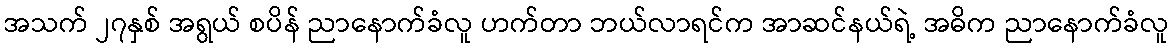
အသက် ၂၇နှစ် အရွယ် စပိန် ညာနောက်ခံလူ ဟက်တာ ဘယ်လာရင်က အာဆင်နယ်ရဲ့ အဓိက ညာနောက်ခံလူ